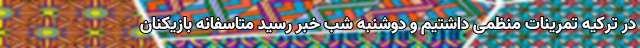
در ترکیه تمرینات منظمی داشتیم و دوشنبه شب خبر رسید متاسفانه بازیکنان